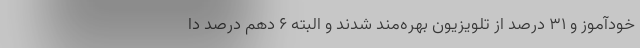
خودآموز و ۳۱ درصد از تلویزیون بهره‌مند شدند و البته ۶ دهم درصد دا